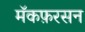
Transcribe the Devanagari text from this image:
मॅकफ़रसन